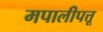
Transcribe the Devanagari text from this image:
मपालीपत्तू